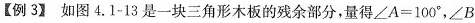
[例3】如图4.1-13是一块三角形木板的残余部分，量得∠A=100°，∠B